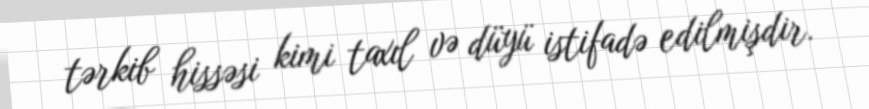
tərkib hissəsi kimi taxıl və düyü istifadə edilmişdir.